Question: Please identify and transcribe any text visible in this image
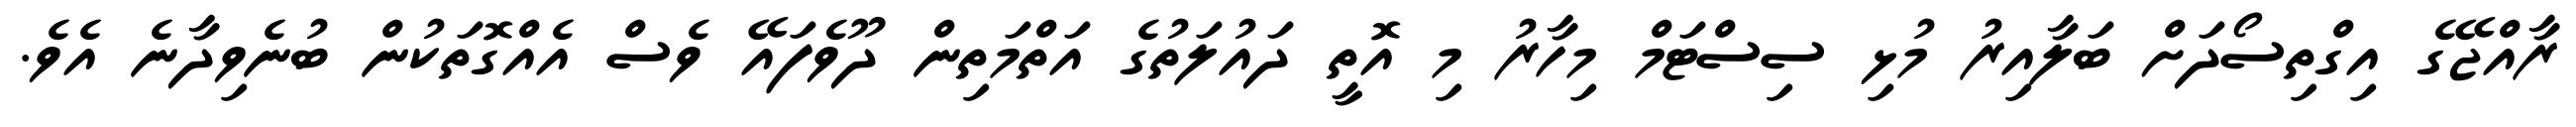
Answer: ރާއްޖޭގެ އިގްތިސޯދަށް ބަލާއިރު މުޅި ސިސްޓަމް މިހާރު މި އޮތީ ދައުލަތުގެ އަތްމަތިން ދޫވެފައޭ ވެސް އެއްގޮތަކުން ބުނެވިދާނެ އެވެ.